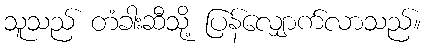
သူသည် တံခါးဆီသို့ ပြန်လျှောက်လာသည်။